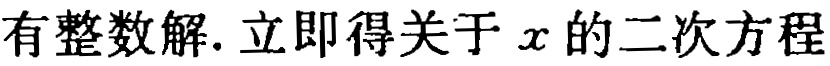
有整数解. 立即得关于\(x\)的二次方程